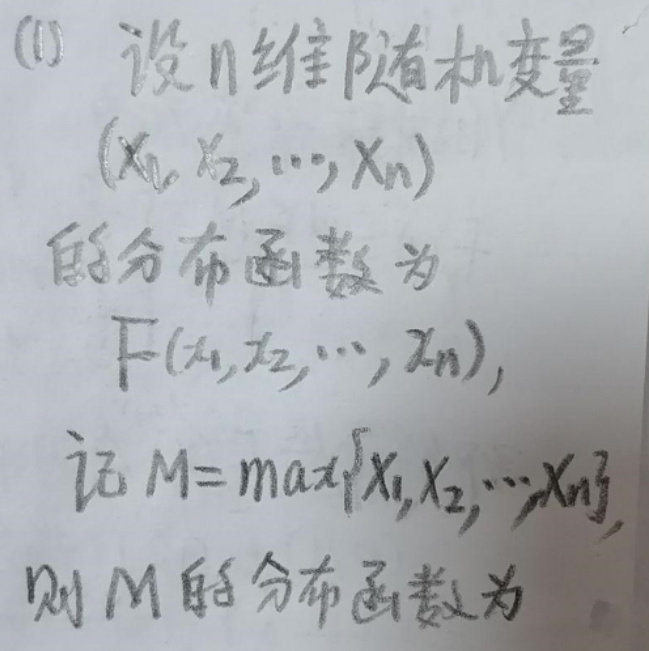
(1) 设 \(n\) 维随机变量 \((X_1,X_2,\cdots,X_n)\) 的分布函数为 \(F(x_1,x_2,\cdots,x_n)\)，记 \(M = \max\{X_1,X_2,\cdots,X_n\}\)，则 \(M\) 的分布函数为